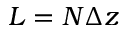
L = N \Delta z